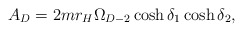
\begin{align*}A_D=2mr_H\Omega_{D-2}\cosh\delta_1\cosh\delta_2,\end{align*}